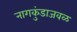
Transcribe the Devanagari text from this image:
नागकुंडाजवळ